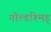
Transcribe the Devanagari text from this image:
गोल्डश्मिड्